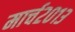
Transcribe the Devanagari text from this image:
मार्च२०१३